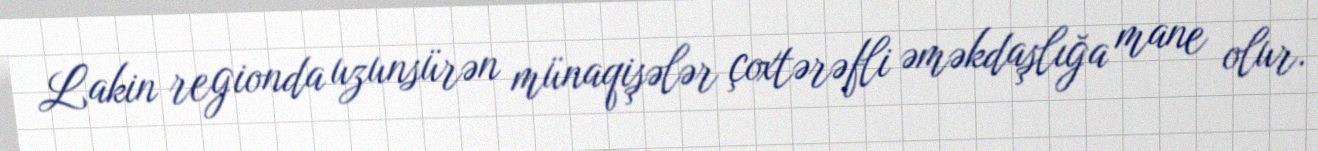
Lakin regionda uzunsürən münaqişələr çoxtərəfli əməkdaşlığa mane olur.